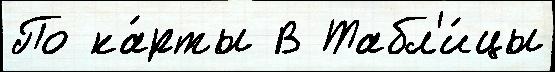
По ка́рты В Табл'и́цы